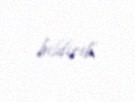
bildirib.